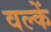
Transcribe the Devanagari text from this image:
वल्कें